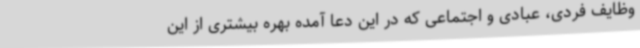
وظایف فردی، عبادی و اجتماعی که در این دعا آمده بهره بیشتری از این